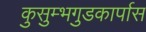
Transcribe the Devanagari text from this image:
कुसुम्भगुडकार्पास